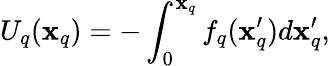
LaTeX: U_{q}(\mathbf{x}_{q})=-\int_{0}^{\mathbf{x}_{q}}f_{q}(\mathbf{x}_{q}^{\prime})d\mathbf{x}_{q}^{\prime},